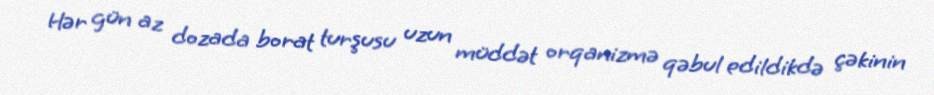
Hər gün az dozada borat turşusu uzun müddət orqanizmə qəbul edildikdə çəkinin